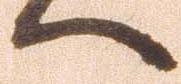
へ